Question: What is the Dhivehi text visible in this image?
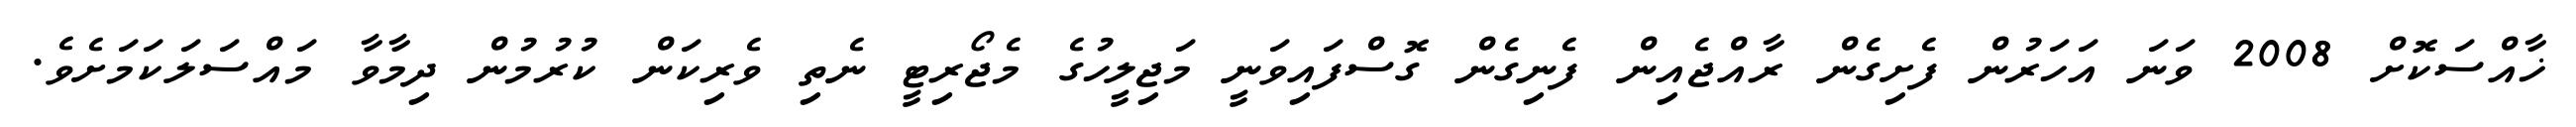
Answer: ޚާއްސަކޮށް 2008 ވަނަ އަހަރުން ފެށިގެން ރާއްޖެއިން ފެނިގެން ގޮސްފައިވަނީ މަޖިލީހުގެ މެޖޯރިޓީ ނެތި ވެރިކަން ކުރުމުން ދިމާވާ މައްސަލަކަމަށެވެ.